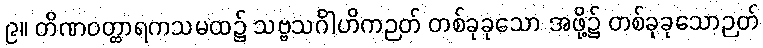
၉။ တိဏဝတ္ထာရကသမထ၌ သဗ္ဗသင်္ဂါဟိကဉတ် တစ်ခုခုသော အဖို့၌ တစ်ခုခုသောဉတ်